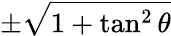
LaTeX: \pm{\sqrt{1+\tan^{2}\theta}}